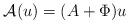
LaTeX: \begin{align*}\mathcal{A}(u) = (A+\Phi)u\end{align*}